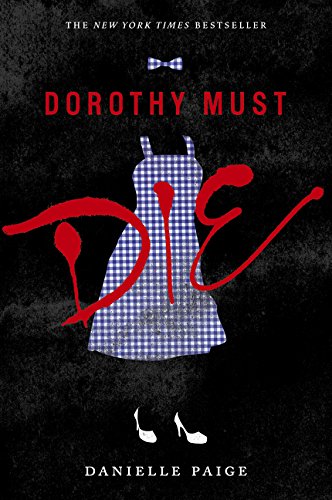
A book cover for Dorothy Must Die; Danielle Paige; Teen & Young Adult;